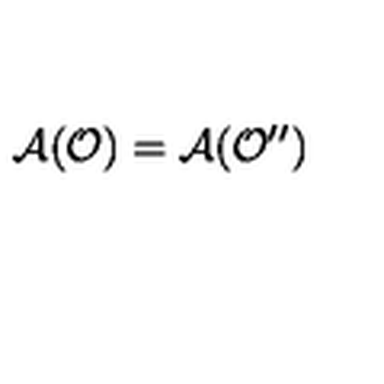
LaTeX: \mathcal { A } ( \mathcal { O } ) = \mathcal { A } ( \mathcal { O } ^ { \prime \prime } )